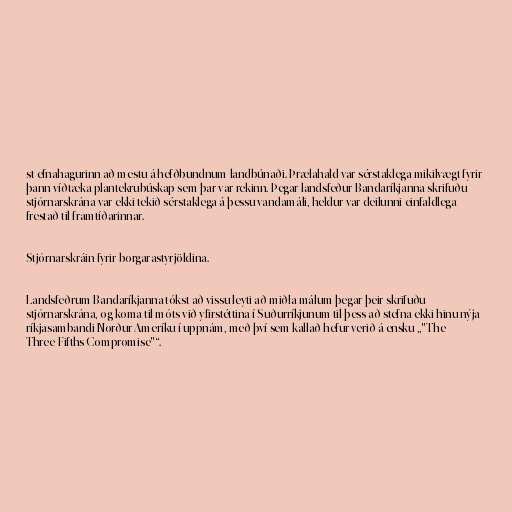
st efnahagurinn að mestu á hefðbundnum landbúnaði. Þrælahald var sérstaklega mikilvægt fyrir
þann víðtæka plantekrubúskap sem þar var rekinn. Þegar landsfeður Bandaríkjanna skrifuðu
stjórnarskrána var ekki tekið sérstaklega á þessu vandamáli, heldur var deilunni einfaldlega
frestað til framtíðarinnar.

Stjórnarskráin fyrir borgarastyrjöldina.

Landsfeðrum Bandaríkjanna tókst að vissu leyti að miðla málum þegar þeir skrifuðu
stjórnarskrána, og koma til móts við yfirstéttina í Suðurríkjunum til þess að stefna ekki hinu nýja
ríkjasambandi Norður-Ameríku í uppnám, með því sem kallað hefur verið á ensku „"The
Three-Fifths Compromise"“.